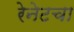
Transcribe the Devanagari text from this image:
रेनेटचा